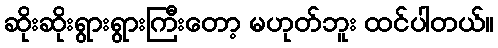
ဆိုးဆိုးရွားရွားကြီးတော့ မဟုတ်ဘူး ထင်ပါတယ်။